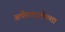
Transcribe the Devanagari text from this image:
अर्धपारदर्शकता